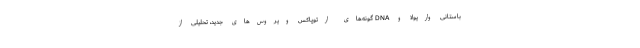
باستانی واریولا و DNA گونه‌های ارتوپاکس ویروس‌های جدید، تحلیلی از